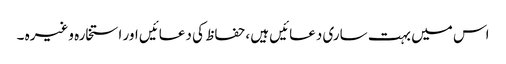
اس میں بہت ساری دعائیں ہیں ،حفاظ کی دعائیں اور استخارہ وغیرہ ۔